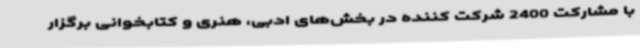
با مشارکت 2400 شرکت کننده در بخش‌های ادبی، هنری و کتابخوانی برگزار